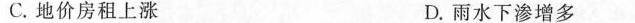
C.地价房租上涨 D.雨水下渗增多